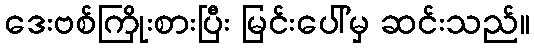
ဒေးဗစ်ကြိုးစားပြီး မြင်းပေါ်မှ ဆင်းသည်။